Annual report of the Punjab Veterinary College and of the Civil Veterinary Department, Punjab - 1909-1919
Year: 1909
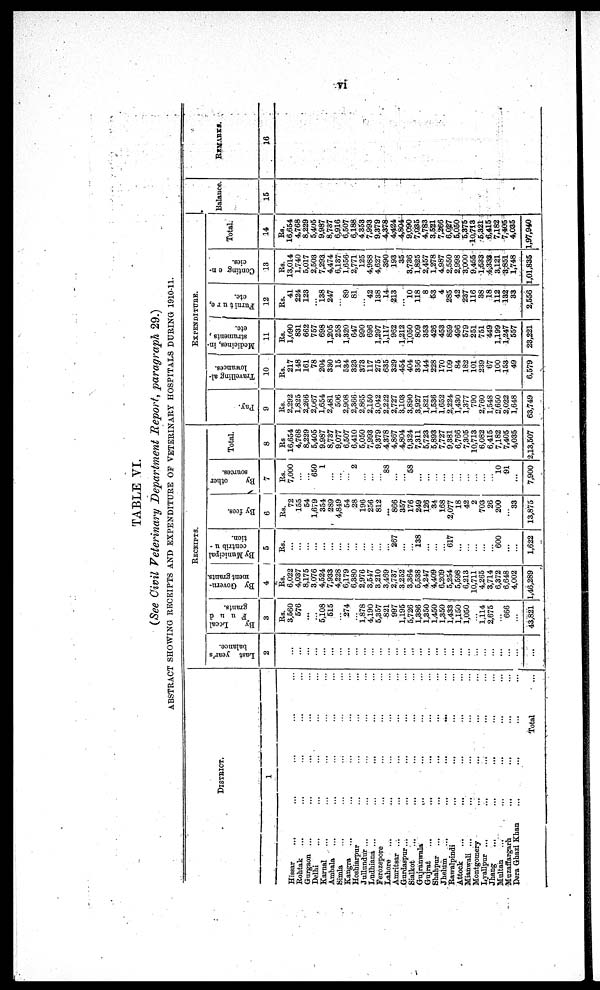
vi
TABLE VI.
(See Civil Veterinary Department Report, paragraph 29.)
ABSTRACT SHOWING RECEIPTS AND EXPENDITURE OF VETERINARY HOSPITALS DURING 1910-11.
DISTRICT.
1
Hissar
... ... ... ...
Rohtak
... ... ... ... ...
Gurgaon ... ... ... ... ...
Delhi ... ... ... ... ...
Karnal ... ... ... ... ...
Ambala ... ... ... ... ...
Simla ... ... ... ... ...
Kangra ... ... ... ... ...
Hoshiarpur ... ... ... ... ...
Jullundur ... ... ... ... ...
Ludhiana ... ... ... ... ...
Ferozepore ... ... ... ... ...
Lahore ... ... ... ... ...
Amritsar ... ... ... ... ...
Gurdaspur... ... ... ... ...
Sialkot ... ... ... ... ...
Gujranwala ... ... ... ... ...
Gujrat ... ... ... ... ...
Shahpur ... ... ... ... ...
Jhelum
...
...
...
...
Rawalpindi ... ... ... ... ...
Attock ... ... ... ... ...
Mianwali ... ... ... ... ...
Montgomery ... ... ... ...
Lyallpur ... ... ... ... ...
Jhang... ... ... ... ...
Multan ... ... ... ... ...
Muzaffargarh
... ... ... ... ...
Dera Ghazi Khan
...
...
...
...
Total ...
RECEIPTS.
Last year's
balance.
2
...
...
...
...
...
...
...
...
...
...
...
...
...
...
...
...
...
...
...
...
...
...
...
...
...
...
...
...
...
...
By
Local
F u n d
grants.
3
Rs.
3,560
576
...
...
5,108
515
...
274
...
1,878
4,190
5,357
821
997
1,195
5,726
1,386
1,350
1,450
1,350
1,433
1,150
1,050
...
1,114
2,675
...
666
...
43,821
By Govern-
ment grants.
4
Rs.
6,022
4,037
8,175
3,076
4,524
7,933
4,228
6,179
6,380
2,976
3,547
3,210
3,459
2,737
3.252
3,364
5,538
4 247
4,409
6,209
5,254
5,598
6,213
10,711
4,265
3,714
6,372
6,648
4,002
1,46,289
By Municipal
contribu -
tion.
5
Rs.
...
...
...
...
...
...
...
...
...
...
...
...
...
267
...
...
138
...
...
...
617
...
...
...
...
...
600
...
...
1,622
By fees.
6
Rs.
72
155
54
1,679
354
289
4,849
54
28
196
256
812
...
866
357
176
249
126
34
168
2,077
18
42
2
703
26
200
...
33
13,875
By
other
sources.
7
Rs.
7,000
...
...
650
1
...
...
...
2
...
...
...
88
......
......
58
...
...
...
...
...
...
...
...
...
...
10
91
...
7,900
Total.
8
Rs
16,654
4,768
8,229
5,405
9.987
8,737
9,077
6,507
6,410
5,050
7,993
9,379
4,378
4,867
4,804
9,324
7,311
5,723
5,893
7,727
9,381
6,766
7,305
10,713
6,082
6,415
7,182
7,405
4,035
2,13,507
EXPENDITURE.
Pay.
9
Rs.
2,292
1,825
2,266
2,067
1,654
2,481
506
2,908
2,366
2,865
2,150
3,042
2,222
2,727
3,103
3,890
3,927
1,821
1,536
1,652
2,224
1,430
1,377
790
2,760
1,548
2,650
2,022
1,648
63,749
Travelling al-
lowances.
10
Rs.
217
148
161
78
204
330
15
534
323
373
117
275
635
329
454
404
356
144
228
170
109
84
182
101
239
67
100
153
49
6,579
Medicines, in-
struments,
etc.
11
Rs.
1,090
831
662
757
698
1,205
258
1,320
647
990
696
1,297
1,117
962
1,212
1,050
809
353
426
453
859
496
579
251
751
449
1,199
1,247
557
23,221
Furniture,
etc.
12
Rs.
41
224
123
...
138
247
...
89
81
...
42
138
14
213
...
10
118
8
53
4
285
42
237
116
38
18
112
132
33
2,556
Conting en-
cies.
13
Rs.
13,014
1,740
5,017
2,503
7,293
4,474
6,137
1,656
2,771
125
4,988
4,627
390
193
35
3,736
1,825
2,457
1,278
4,987
2,550
2,998
3,000
9,455
1,533
4,333
3,121
8,851
1,748
1,01,835
Total.
14
Rs.
16,654
4,768
8,229
5,405
9,987
8,737
6,916
6,507
6,188
4 353
7,993
9,379
4,378
4,424
4,804
9,090
7,035
4,783
3,521
7,266
6,027
5,050
5,375
10,713
5,321
6,415
7,182
7,405
4,035
1,97,940
Balance.
15
REMARKS.
16